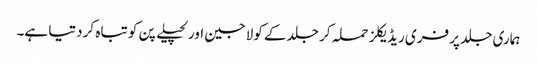
ہماری جلد پر فری ریڈیکلز حملہ کر جلد کے کولاجین اور لچیلے پن کو تباہ کر دتیا ہے۔